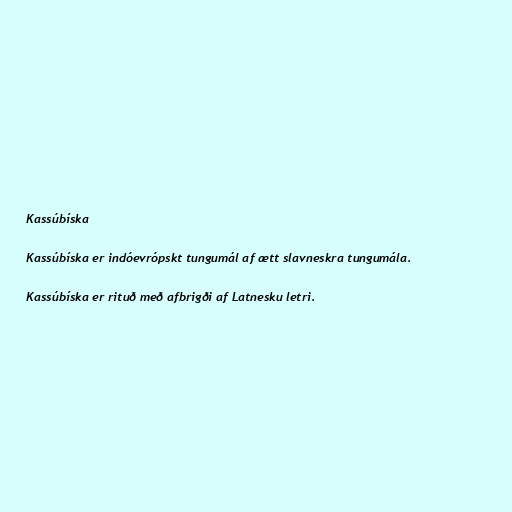
Kassúbíska

Kassúbíska er indóevrópskt tungumál af ætt slavneskra tungumála.

Kassúbíska er rituð með afbrigði af Latnesku letri.